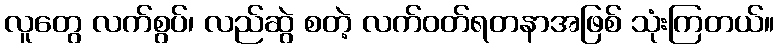
လူတွေ လက်စွပ်၊ လည်ဆွဲ စတဲ့ လက်ဝတ်ရတနာအဖြစ် သုံးကြတယ်။